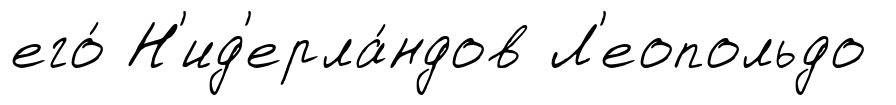
его́ Н'ид'ерла́ндов Л'еопольдо